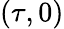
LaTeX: (\tau,0)